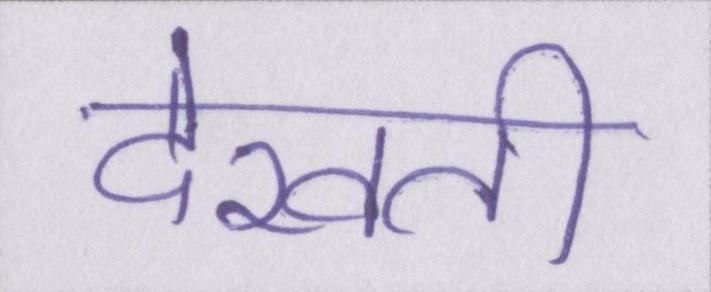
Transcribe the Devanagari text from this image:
देखती